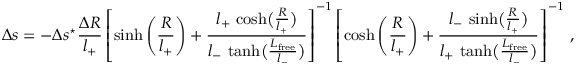
\Delta s = - \Delta s ^ { \star } \frac { \Delta R } { l _ { + } } \left[ \sinh \left( \frac { R } { l _ { + } } \right) + \frac { l _ { + } \, \cosh \bigl ( \frac { R } { l _ { + } } \bigr ) } { l _ { - } \, \operatorname { t a n h } \bigl ( \frac { L _ { \mathrm { f r e e } } } { l _ { - } } \bigr ) } \right] ^ { - 1 } \left[ \cosh \left( \frac { R } { l _ { + } } \right) + \frac { l _ { - } \, \sinh \bigl ( \frac { R } { l _ { + } } \bigr ) } { l _ { + } \, \operatorname { t a n h } \bigl ( \frac { L _ { \mathrm { f r e e } } } { l _ { - } } \bigr ) } \right] ^ { - 1 } \, ,